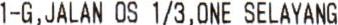
1-G,JALAN OS 1/3,ONE SELAYANG